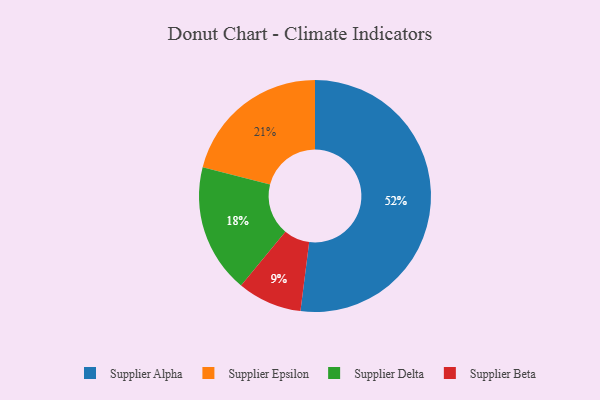
{"axis": {"x": "Category", "y": "Percentage"}, "legend": ["Supplier Alpha", "Supplier Beta", "Supplier Delta", "Supplier Epsilon"], "data": [{"x": "Supplier Delta", "y": 18, "type": "Supplier Delta"}, {"x": "Supplier Epsilon", "y": 21, "type": "Supplier Epsilon"}, {"x": "Supplier Alpha", "y": 52, "type": "Supplier Alpha"}, {"x": "Supplier Beta", "y": 9, "type": "Supplier Beta"}]}